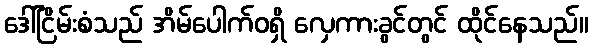
ဒေါ်ငြိမ်းစံသည် အိမ်ပေါက်ဝရှိ လှေကားခွင်တွင် ထိုင်နေသည်။